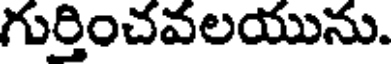
గుర్తించవలయును.